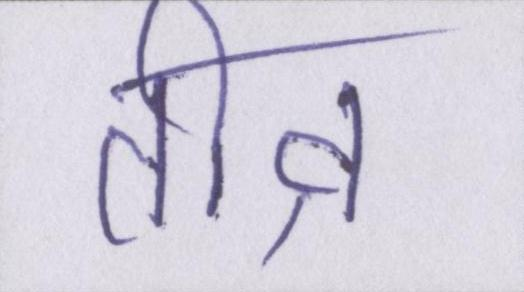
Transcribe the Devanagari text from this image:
तीव्र